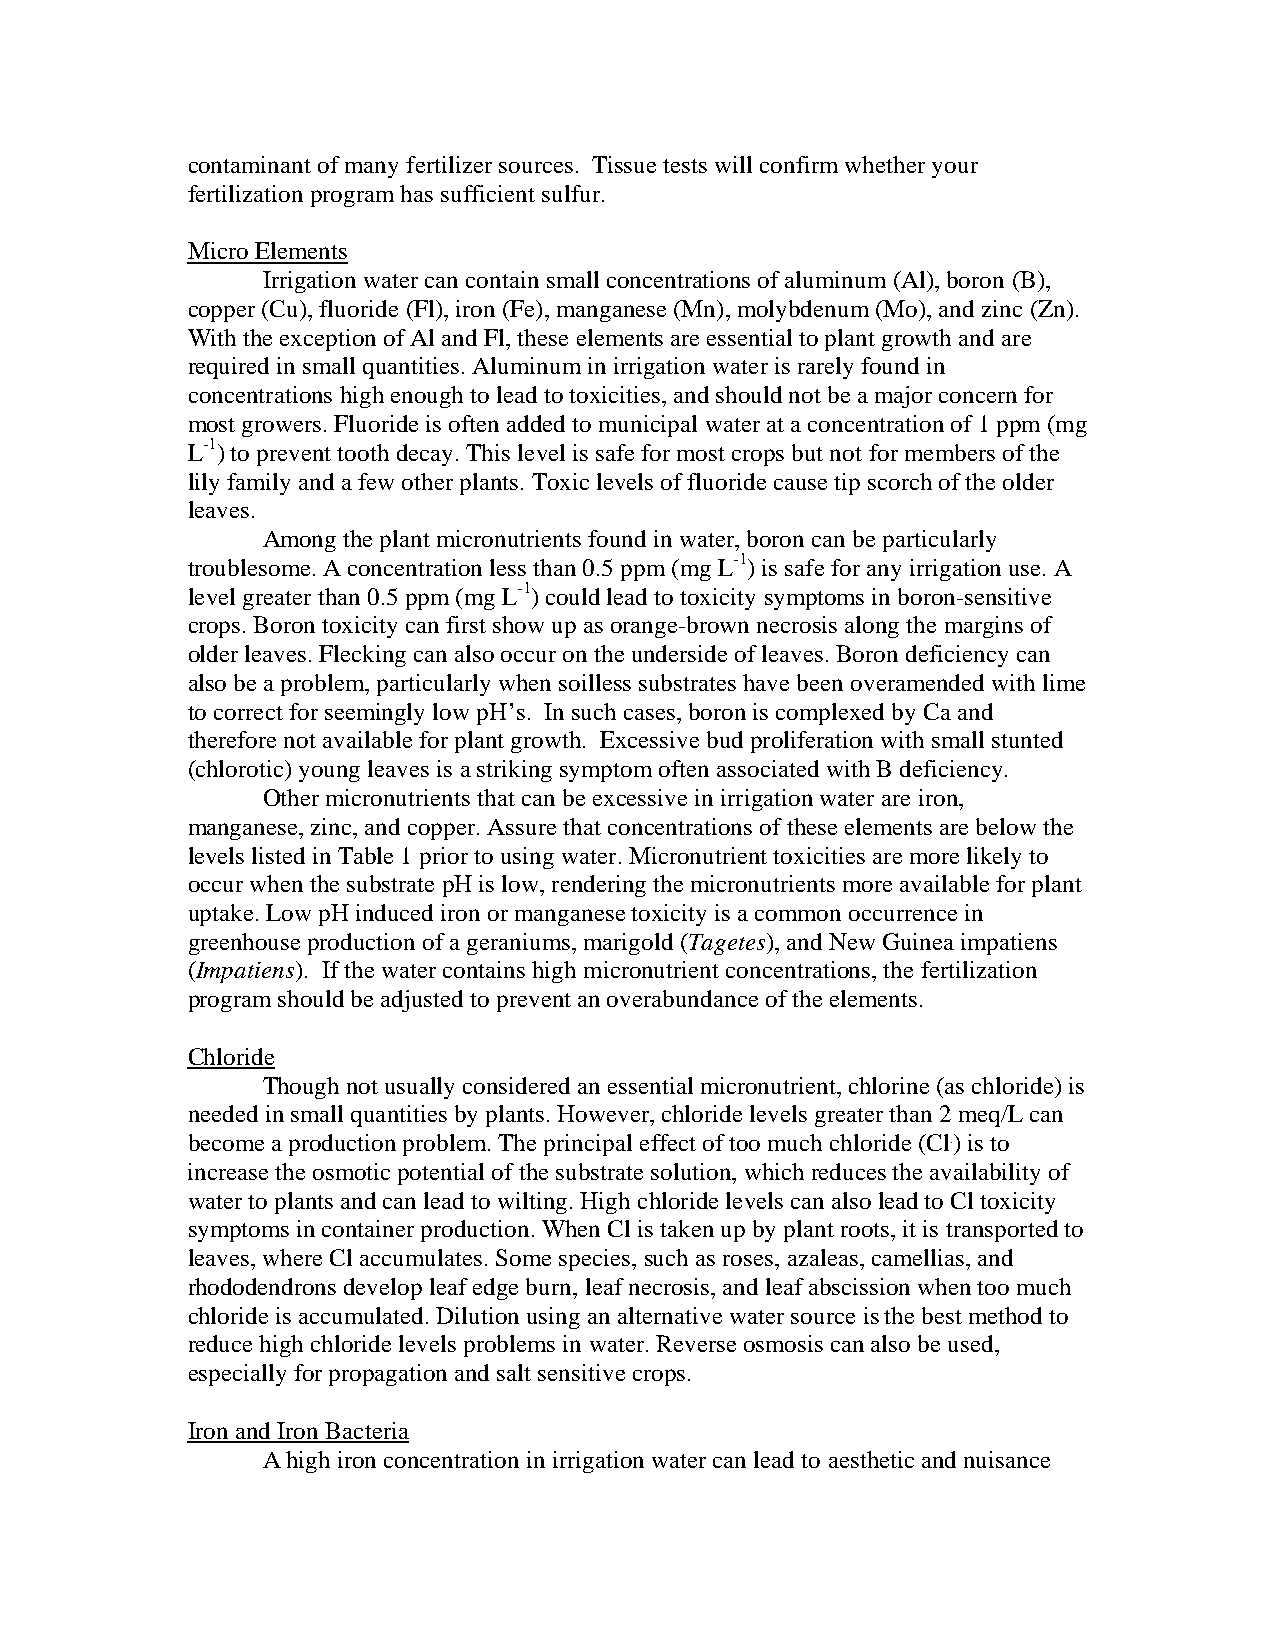
contaminant of many fertilizer sources. Tissue tests will confirm whether your
 fertilization program has sufficient sulfur.
 Micro Elements
 Irrigation water can contain small concentrations of aluminum (Al), boron (B),
 copper (Cu), fluoride (Fl), iron (Fe), manganese (Mn), molybdenum (Mo), and zinc (Zn).
 With the exception of Al and Fl, these elements are essential to plant growth and are
 required in small quantities. Aluminum in irrigation water is rarely found in
 concentrations high enough to lead to toxicities, and should not be a major concern for
 most growers. Fluoride is often added to municipal water at a concentration of 1 ppm (mg
 L-1) to prevent tooth decay. This level is safe for most crops but not for members of the
 lily family and a few other plants. Toxic levels of fluoride cause tip scorch of the older
 leaves.
 Among the plant micronutrients found in water, boron can be particularly
 troublesome. A concentration less than 0.5 ppm (mg L-1) is safe for any irrigation use. A
 level greater than 0.5 ppm (mg L-1) could lead to toxicity symptoms in boron-sensitive
 crops. Boron toxicity can first show up as orange-brown necrosis along the margins of
 older leaves. Flecking can also occur on the underside of leaves. Boron deficiency can
 also be a problem, particularly when soilless substrates have been overamended with lime
 to correct for seemingly low pH’s. In such cases, boron is complexed by Ca and
 therefore not available for plant growth. Excessive bud proliferation with small stunted
 (chlorotic) young leaves is a striking symptom often associated with B deficiency.
 Other micronutrients that can be excessive in irrigation water are iron,
 manganese, zinc, and copper. Assure that concentrations of these elements are below the
 levels listed in Table 1 prior to using water. Micronutrient toxicities are more likely to
 occur when the substrate pH is low, rendering the micronutrients more available for plant
 uptake. Low pH induced iron or manganese toxicity is a common occurrence in
 greenhouse production of a geraniums, marigold (Tagetes), and New Guinea impatiens
 (Impatiens). If the water contains high micronutrient concentrations, the fertilization
 program should be adjusted to prevent an overabundance of the elements.
 Chloride
 Though not usually considered an essential micronutrient, chlorine (as chloride) is
 needed in small quantities by plants. However, chloride levels greater than 2 meq/L can
 become a production problem. The principal effect of too much chloride (Cl-) is to
 increase the osmotic potential of the substrate solution, which reduces the availability of
 water to plants and can lead to wilting. High chloride levels can also lead to Cl toxicity
 symptoms in container production. When Cl is taken up by plant roots, it is transported to
 leaves, where Cl accumulates. Some species, such as roses, azaleas, camellias, and
 rhododendrons develop leaf edge burn, leaf necrosis, and leaf abscission when too much
 chloride is accumulated. Dilution using an alternative water source is the best method to
 reduce high chloride levels problems in water. Reverse osmosis can also be used,
 especially for propagation and salt sensitive crops.
 Iron and Iron Bacteria
 A high iron concentration in irrigation water can lead to aesthetic and nuisance